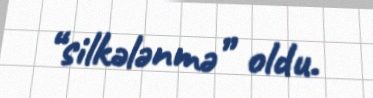
“silkələnmə” oldu.